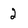
Character: 2